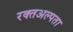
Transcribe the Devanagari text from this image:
रक्तअल्पता